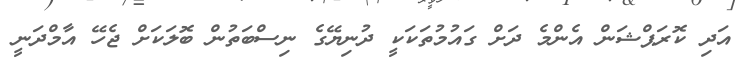
އަދި ކޮރަޕްޝަން އެންމެ ދަށް ގައުމުތަކަކީ ދުނިޔޭގެ ނިސްބަތުން ބޮލަކަށް ޖެހޭ އާމްދަނީ